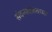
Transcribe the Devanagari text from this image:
सेवनाबाबतच्या